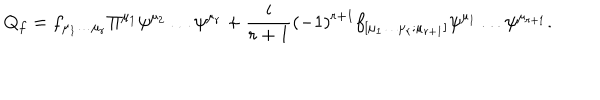
LaTeX: Q _ { f } = f _ { \mu _ { 1 } \dots \mu _ { r } } \Pi ^ { \mu _ { 1 } } \psi ^ { \mu _ { 2 } } \dots \psi ^ { \mu _ { r } } + \frac { i } { r + 1 } ( - 1 ) ^ { r + 1 } f _ { [ \mu _ { 1 } \dots \mu _ { r } ; \mu _ { r + 1 } ] } \psi ^ { \mu _ { 1 } } \dots \psi ^ { \mu _ { r + 1 } } . \nonumber